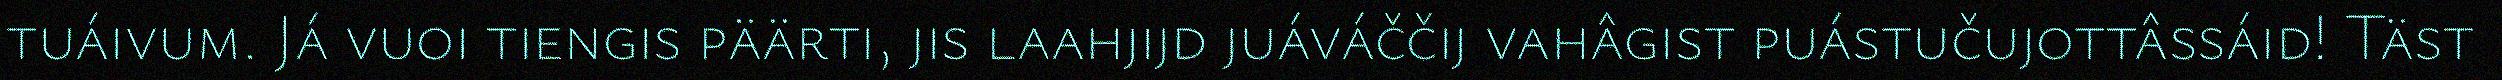
tuáivum. Já vuoi tiengis päärti, jis laahjijd juáváččij vahâgist puástučujottâssáid! Täst